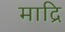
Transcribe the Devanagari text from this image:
माद्रि